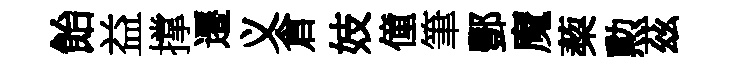
飴益撑遷义倉妓僮筆酆魔蔾勲茲